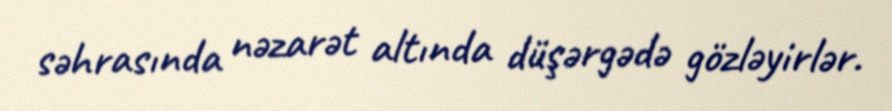
səhrasında nəzarət altında düşərgədə gözləyirlər.